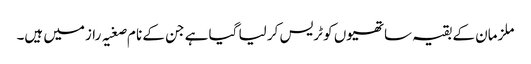
ملزمان کے بقیہ ساتھیوں کو ٹریس کر لیا گیا ہے جن کے نا م صغیہ رازمیں ہیں۔